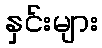
နှင်းများ